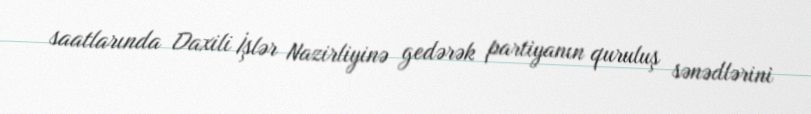
saatlarında Daxili İşlər Nazirliyinə gedərək partiyanın quruluş sənədlərini